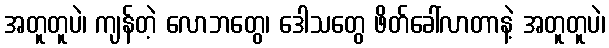
အတူတူပဲ၊ ကျန်တဲ့ လောဘတွေ၊ ဒေါသတွေ ဖိတ်ခေါ်လာတာနဲ့ အတူတူပဲ၊